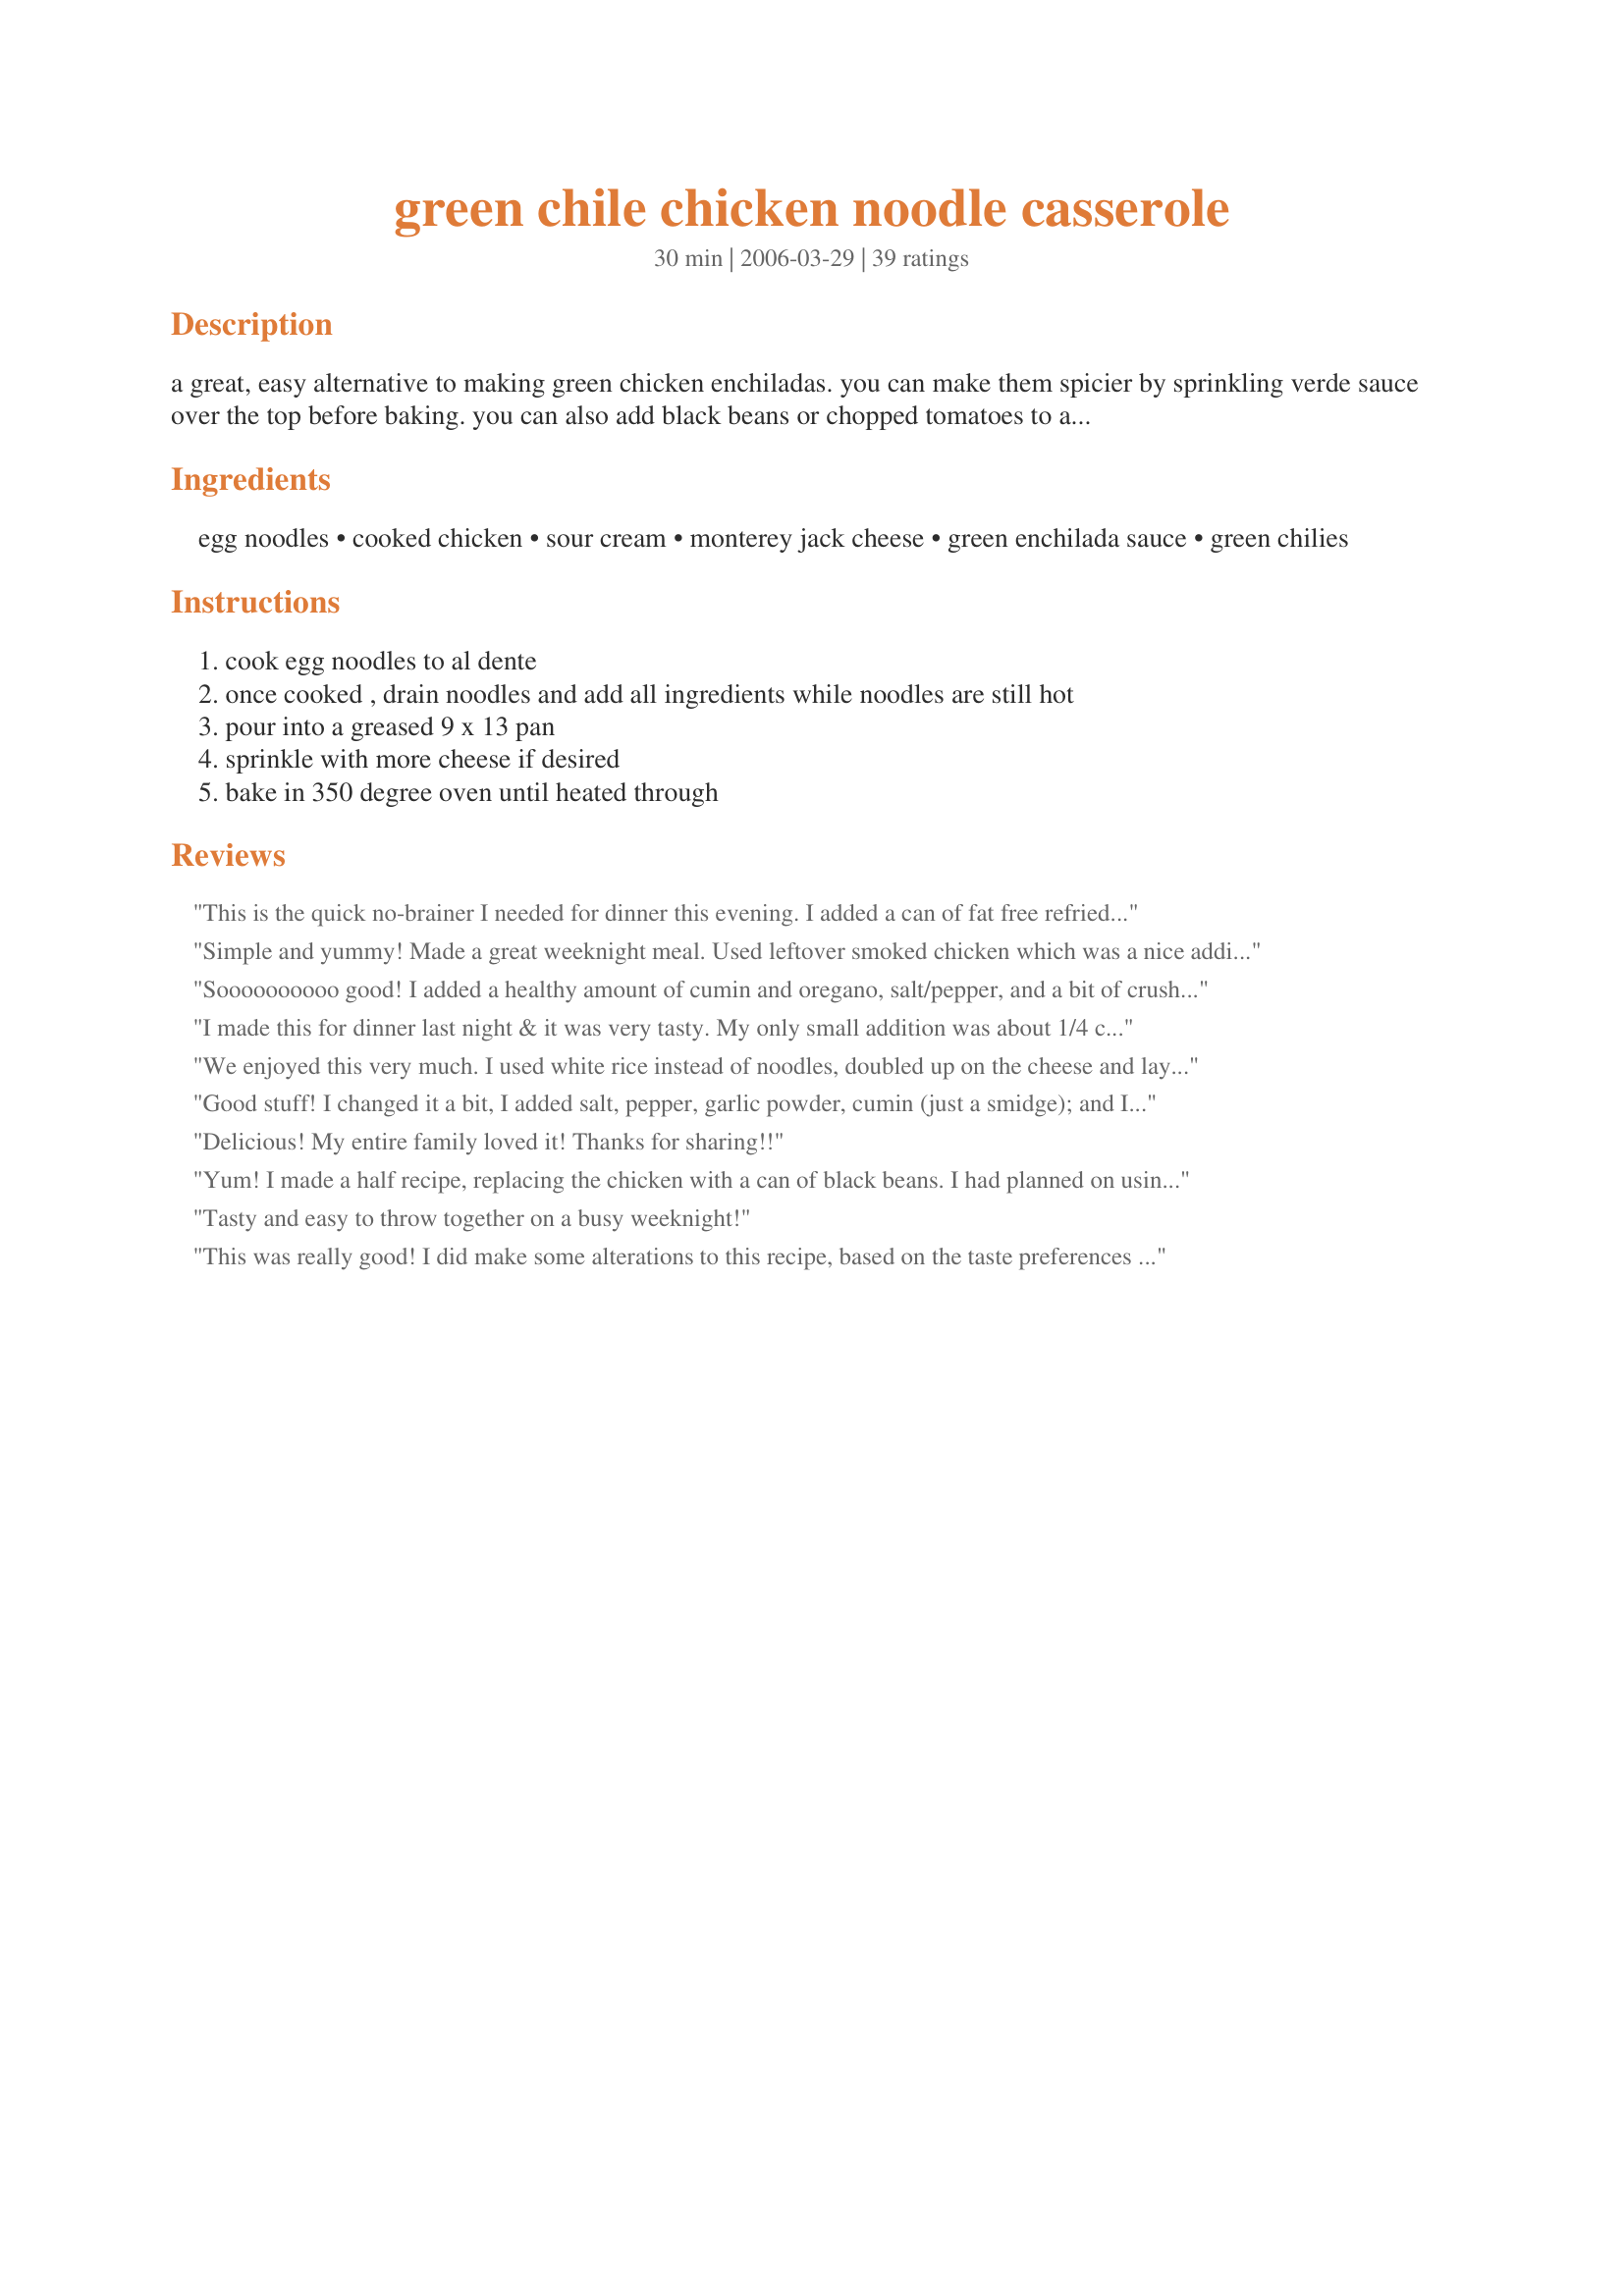
green chile chicken noodle casserole
Preparation time: 30 minutes

a great, easy alternative to making green chicken enchiladas. you can make them spicier by sprinkling verde sauce over the top before baking. you can also add black beans or chopped tomatoes to add a little flair.

Ingredients:
egg noodles, cooked chicken, sour cream, monterey jack cheese, green enchilada sauce, green chilies

Steps:
cook egg noodles to al dente, once cooked , drain noodles and add all ingredients while noodles are still hot, pour into a greased 9 x 13 pan, sprinkle with more cheese if desired, bake in 350 degree oven until heated through

Reviews:
This is the quick no-brainer I needed for dinner this evening. I added a can of fat free refried beans for extra creaminess and protein, chopped cilantro and Recipe #223937, a frozen staple at our house. Thanks, longhornmom.
Simple and yummy! Made a great weeknight meal. Used leftover smoked chicken which was a nice addition. Dish was mild as is, which was perfect for my kids, and made a LOT! Would be good with pepper jack, too. Thanks for sharing the recipe!
Soooooooooo good! I added a healthy amount of cumin and oregano, salt/pepper, and a bit of crushed red pepper. Also used light sour cream. So good I could eat this daily. Hubby loved it too - and he&#039;s PICKY. Will def go into rotation!
I made this for dinner last night & it was very tasty. My only small addition was about 1/4 cup of red salsa. I wanted to use it up before it went bad. Thanks for sharing. Very good. Even my 10 yr old liked it:) I also ate sliced jalapenos on my portion:)
We enjoyed this very much. I used white rice instead of noodles, doubled up on the cheese and layered into a pan instead of mixing it all together. I will definitely make this aganin.
Good stuff! I changed it a bit, I added salt, pepper, garlic powder, cumin (just a smidge); and I used rotisserie chicken because I was in a rush. It was good and my husband and a coworker really enjoyed it. Thanks for the recipe!
Delicious! My entire family loved it! Thanks for sharing!!
Yum! I made a half recipe, replacing the chicken with a can of black beans. I had planned on using the chicken but used it for something else so made this into a vegetarian dish :) Otherwise followed the recipe, adding a little extra cheese on top (about 1/2 cup). I'm glad I halved the recipe as it still filled a 13x9 pan (tho wasn't full to the top) so had plenty of leftovers! Thanks for posting!
Tasty and easy to throw together on a busy weeknight!
This was really good! I did make some alterations to this recipe, based on the taste preferences of my fiance. Made strictly to the recipe, this is a good dish, but it does taste pretty strongly of sour cream. I tried a little taste before putting it into the oven, and knew it wasn't going to fly, so I added some diced jalapenos, some paprika, and the rest of the 28 oz can of green enchilada sauce. (I used one 28 oz can TOTAL, not in addition to what was already in the recipe.) I just kept tasting it, then adding more spice as needed. I also grated the second half of the block of monterey jack to sprinkle over the top, before it went into the oven. An entire 1 lb block of cheese went into this baby, but with those changes, I thought it tasted much more southwestern. It can feed an army. Exactly what we were looking for. Thank you so much for this recipe! Will make again.
We loved this one! You can't beat it for ease and speed. I added some chili pepper and seasoning salt to give it a little more flavor. I also had to use a Colby-Jack blend and red enchilada sauce because it was all the store had in stock. Overall, though, we loved it. Thanks!
I thought this was a good recipe but seemed to be missing something as far as flavor. I didn't have any chicken so I used ground beef instead. Might try adding something next time to make it spicier like you said. Thank you for the recipe. Will try again.
Very easy to throw together and tasty. A good base recipe that can be adapted. I used a combination of whole wheat spiral pasta and cheese filled tortellini because that is what I had available. I also used a combination of monterey jack cheese and colby cheese. Good recipe for those busy weeknights. Thanks for the recipe.
This was really good. I used my stick blender to blend the sauce ingredients,rinsed and drained the noodles in cold water then stirred everything else in. Only things i changed was I threw in a couple of shakes of cayenne and a jar of pimentos for color. I sprayed pam to coat my slow cooker and put everything in. This was all for my DH's pot luck for cinco de Mayo, I'd never made it before but it sounded so good and I'm glad I did! Everybody loved it! Thanks, I'll make this again!
Yep1 It's good! I agree about the McCormick's 3 Pepper blend spice grinder! Mama's kitchen has it right! I also added some sharp cheddar cheese because I love it!
Dinner doesn't get any easier or tastier than this! This recipe makes a lot, so I divided it into 3 8x8's. Baked one, and stuck the other two in freezer for another day! Served with a salad and there was plenty for my family of four. This recipe has been saved to my cookbook forever, so glad I finally made it.
Ok! Put on your blue ribbon! This is by far the best comfort food I have ever had!!!!!Please enter this in your local fair or somewhere,it is soooooo good! I am so grateful to have you post this! Ladies,and gentlemen,this is a keeper!!!!!!!!!!!!!!!!!!!!!!!!!
This was so delicious and we loved it! I will be making this again and again.
Great comfort food.
We really enjoyed this - - fantastic quick meal that lasted for a couple of more days as leftovers for my husband and me. Very easy - great meal when you don't have a lot of time but want some good comfort food. I think I might add some jalapenos to it next time - it wasn't quite spicy enough for me but it should be an easy fix next time!
This is wonderful. I substituted 1/4 cup fresh roasted green chili for the canned, and used an 18oz can of enchilada sauce. It was absolutely wonderful!
I made this and my boyfriend LOVED it! He said I definetly have to make it again. I added a can of black beans and a can of white kernel corn, it was delisious and super easy! Thanks for the recipe!
Wow! Really good!I say this because The Husband said that this must become a regular when summer's over. I used chicken that I cooked in broth with garlic, cumin and chili powder then pulled apart.Did everything else as listed but had a little less of the noodles, so it was real creamy. We almost ate the whole thing! Thanks! I really will be making this again...
Really great easy recipe. I added cilantro and green onions to give it more flavor. I also only had mozzarella on hand and so I added some chunky salsa (1/3 cup) just to help since monterey jack is more flavorful than mozzarella. Everyone loved it. We had extra kids in the house and everyone said they thought it was really good. We will make this again.
I loved this dish! My MIL was coming for dinner so I put this together the night before and then popped it in the oven that night for 30 minutes at 350. I did add some cumin to the chicken to give it added flavor, but the combination of enchilada sauce and green chilies was wonderful. I will definately add this to the rotation!
Great casserole with mild flavors. This is a great &quot;bottom of the jar&quot; recipe --- meaning you can use up a variety of ingredints that are left over or near the end. It can be changed up with just about anything, &lt;br/&gt;&lt;br/&gt;My variation: I tossed in leftover spanish rice, red salsa and used tri-colored pasta. Since many said the sour cream was strong I used 1/2 cup and added 1 can cream of chicken soup. Delicious!!
Very good and easy. I added the black beans, but will leave out next time. Makes a couple of dishes. I took one to my son and he said the best..wanted recipe and I will make again.
It had good flavor, 'I didn't care for the noodles. I think it would have been good with rice.
We LOVED this casserole! I made a few changes to suit the taste of our family: left out the green chilies (I love them; my kids don't); used 20 ounces of green enchilada sauce, added some chicken boullion paste to the mix and added extra cheese on top. Thank you so much for a wonderful, new recipe.
Used rigatoni noodles instead of egg noodles, half of the sour cream called for (didn&#039;t have the whole amount) and it turned out great. I also saved some of the cheese to melt on top. The end product reminded me of a southwestern chicken and chile mac &amp; cheese.
Fast and pantry friendly! Great weeknight fall back on meal. I had some cooked chicekn (leftover) and the rest was on hand. Thank GOD for this recipe bc I was in a whirlwind trying to figure out what I was going to fix with no time and no energy! I used Hatch green chili's and Hatch Green Enchilada sauce. I squeezed 1/2 a lime I had left in the fridge into the sauce to give it some 'homemade' freshness. After reading other reviews I was worried this would be lacking in flavor- NOT at all. The tang of the sour cream was strong and the green chilis added so much Pizzazz! PLEASE do make sure to add salt and pepper though. That made a HUGE difference. I also chopped one small onion and nuked in for 2 minutes in some water to cook it, then drained it and left it in the strainer until the pasta was ready. Once the pasta was drained I used the pasta pot to mix everything in before pouring into the greased pan. I then topped the casserole with some seasoned bread crumbs just to make it look prettier and to add a little crunch. It took about 30 minutes in the oven to get nicely heated through and the bread crumbs a little brown. Long enough for me to sit down and have a glass of wine- or three! lol Next time I think I will try adding some sauteed trinity (celery, onion, bell pepper) to the mix. BTW the pepper that we love to use and added a TON of great flavor here is McCormick's Pepper Blend Spice Grinder- has Black, Green, Pink peppercorns and coriander. Adds awesome flavor to lots of stuff! You came to the rescue my dear fellow Texan! Thank you so very much! Hook 'em hun!
We really like the flavor of this casserole a great alternative to most Mexican casserole dishes. It's a bit dry so I added some milk. You might add a can of cream of mushroom soup or cream of onion soup to make it not so dry. I think I prefer the milk.
I really enjoyed this recipe for weeknights. It was very simple and tasted great for lunch the next day. Thanks!
Thanks for an easy, tasty recipe! I used low fat sour cream and low fat 4 cheese Mexican blend. I also added onions and tomatoes, as others have suggested. The final change I made was to give it a sprinkle of taco seasoning right before putting it in the oven for extra flavor. The only issue I encountered was having A LOT of extra sauce, so I will cut back on the sauce ingredients next time. Thanks!
This was really wonderful. I added cayenne pepper to give a little spice. Creamy with mexican flavoring.
What a fabulous quick casserole! I halved the recipe as far as the noodles, sour cream and cheese goes but used the stated amount of chicken and used the whole can of green chiles. Also, I used what canned enchilada sauce I had on hand, which was a 10-oz. can of red sauce. This still made quite a lot....dinner for the three of us, lunch for my daughter the next day and dinner the next day for my husband and myself. Very economical! I'll definitely be making this again as it was a hit for my family. Thanks for posting LHM!
Very good, very easy recipe. I love that I can store most of the ingredients in the pantry!
Very easy and tasty! Will make again.Thanks Mama!
This was pretty tasty. I cooked the egg noodles (about 12oz...just enough for the sauce IMO) in chicken broth for a little added richness. I sauteed a minced onion, finely diced red pepper (for color) and garlic and folded this in with the other ingredients. I also used Colby Jack cheese. Tastes just like enchiladas Suiza. I will make this again when I have leftover chicken. Thanks for the unique take on this classic.
